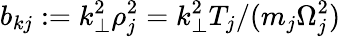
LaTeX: b_{kj}:=k_{\perp}^{2}\rho_{j}^{2}=k_{\perp}^{2}T_{j}/(m_{j}\Omega_{j}^{2})